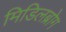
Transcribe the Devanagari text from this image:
मिडिलब्रोग